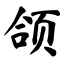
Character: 颌